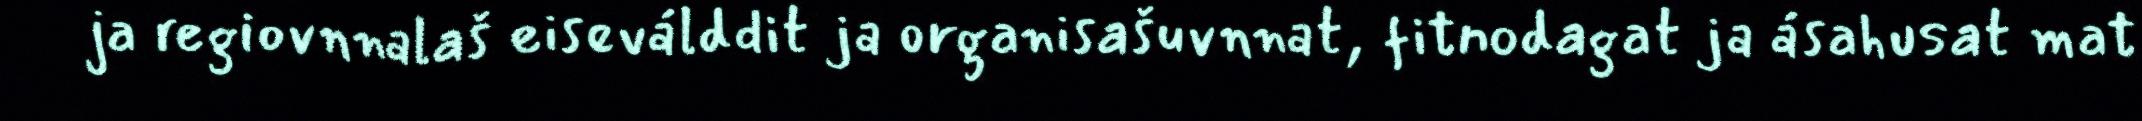
ja regiovnnalaš eiseválddit ja organisašuvnnat, fitnodagat ja ásahusat mat